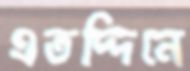
এতদ্দিনে